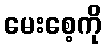
မေးစေ့ကို